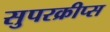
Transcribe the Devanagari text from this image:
सुपरक्रीप्स